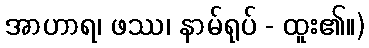
အာဟာရ၊ ဖဿ၊ နာမ်ရုပ် - ထူး၏။)